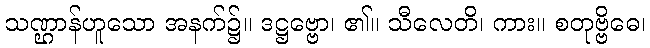
သဏ္ဌာန်ဟူသော အနက်၌။ ဒဋ္ဌဗ္ဗော၊ ၏။ သီလေတိ၊ ကား။ စတုဗ္ဗိဓေ၊